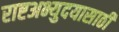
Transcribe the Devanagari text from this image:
राष्टअभ्युदयासाठी